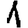
Digit: 1